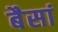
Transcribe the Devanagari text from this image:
बैसां